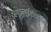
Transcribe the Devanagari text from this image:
डब्ल्यूडब्ल्यूईडॉटकॉम